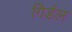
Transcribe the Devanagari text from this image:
गिर्डल